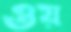
ওয়